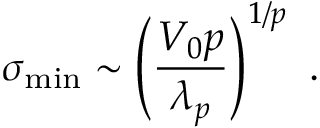
\sigma _ { \mathrm { m i n } } \sim \left( \frac { V _ { 0 } p } { \lambda _ { p } } \right) ^ { 1 / p } \ .